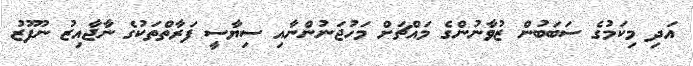
އަދި މިކަމުގެ ސަބަބުން ޒުވާނުންގެ މައްޗަށް މަހުޖަނުންނާއި ސިޔާސީ ފަރާތްތަކުގެ ނާޖާއިޒު ނުފޫޒު